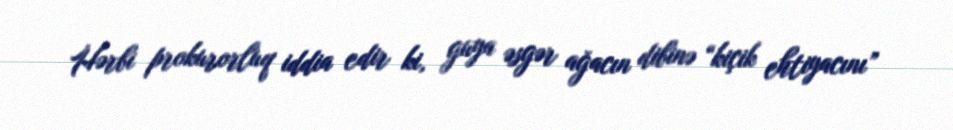
Hərbi prokurorluq iddia edir ki, guya əsgər ağacın dibinə “kiçik ehtiyacını”